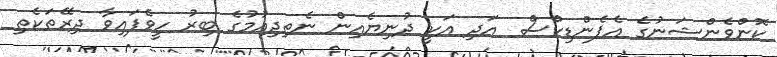
ކޮންވެންޝަނުގެ އެޕެންޑިކްސް  އަދި އަކީ ދުނިޔެއިން ނެތިދިއުމުގެ ބިރު ހީވެފައިވާ ދިރޭތަކެތި